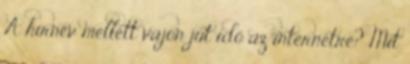
A hírnév mellett vajon jut idő az internetre? Mit